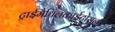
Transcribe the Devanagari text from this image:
ट्राईमैथिलकाईटोसन